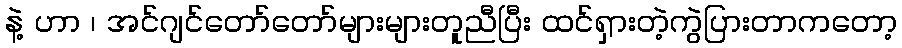
နဲ့ ဟာ ၊ အင်ဂျင်တော်တော်များများတူညီပြီး ထင်ရှားတဲ့ကွဲပြားတာကတော့